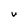
Character: U